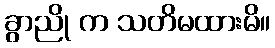
ခွာညို က သတိမထားမိ။